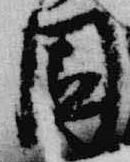
園